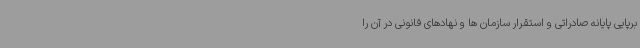
برپایی پایانه صادراتی و استقرار سازمان ها و نهادهای قانونی در آن را